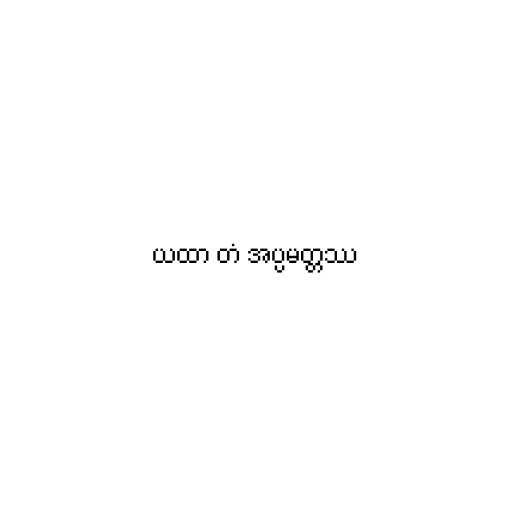
ယထာ တံ အပ္ပမတ္တဿ